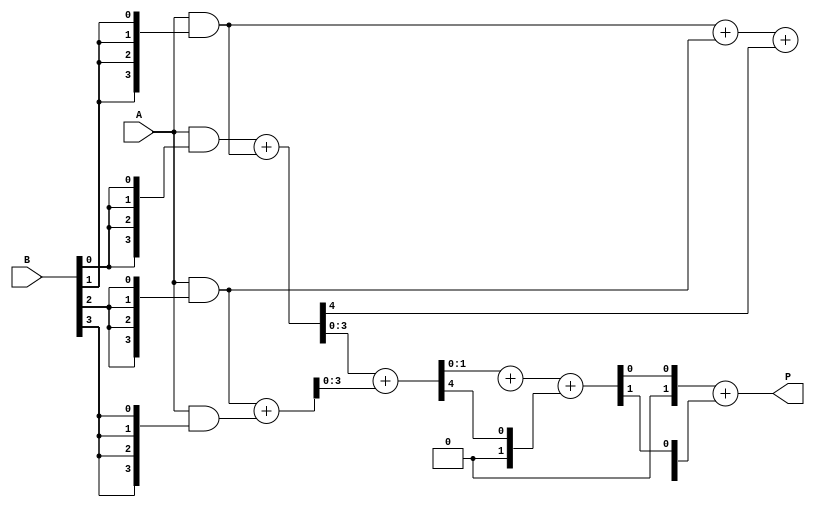
module WallaceTreeMultiplier #(parameter N = 4) (
    input [N-1:0] A,
    input [N-1:0] B,
    output reg [2*N-1:0] P
);

    // Partial product generation
    wire [N-1:0] pp[N-1:0]; // Partial products
    genvar i, j;
    generate
        for (i = 0; i < N; i = i + 1) begin : pp_gen
            assign pp[i] = A & {N{B[i]}};
        end
    endgenerate

    // Stage 1: Reduction tree
    wire [N-1:0] sum1 [N:0]; // Sums for stage 1
    wire [N-1:0] carry1 [N:0]; // Carries for stage 1

    // Half adders and full adders for stage 1
    generate
        for (i = 0; i < N-1; i = i + 1) begin : stage1
            if (i % 2 == 0) begin
                // Half adder
                assign {carry1[i/2], sum1[i/2]} = pp[i] + pp[i+1];
            end else begin
                // Full adder
                assign {carry1[i/2 + 1], sum1[i/2 + 1]} = {1'b0, pp[i]} + {1'b0, pp[i+1]} + carry1[i/2];
            end
        end
    endgenerate

    // Stage 2: Further reduction
    wire [N-1:0] sum2 [N/2:0]; // Sums for stage 2
    wire [N-1:0] carry2 [N/2:0]; // Carries for stage 2

    generate
        for (i = 0; i < (N/2)-1; i = i + 1) begin : stage2
            if (i % 2 == 0) begin
                // Half adder
                assign {carry2[i/2], sum2[i/2]} = sum1[i] + sum1[i+1];
            end else begin
                // Full adder
                assign {carry2[i/2 + 1], sum2[i/2 + 1]} = {1'b0, sum1[i]} + {1'b0, sum1[i+1]} + carry2[i/2];
            end
        end
    endgenerate

    // Final addition
    wire [2*N-1:0] final_sum; // Final sum
    wire [2*N-1:0] final_carry; // Final carry

    assign {final_carry[0], final_sum[0]} = {1'b0, sum2[0]} + {1'b0, sum2[1]} + carry2[0];

    // Assign the final product
    always @(*) begin
        P = final_sum + final_carry;
    end

endmodule